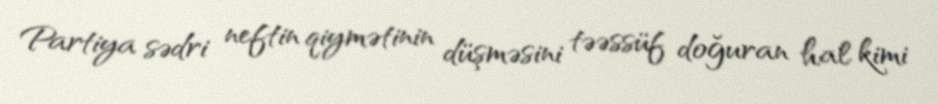
Partiya sədri neftin qiymətinin düşməsini təəssüf doğuran hal kimi